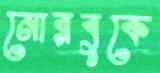
নোরবুকে